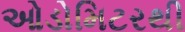
ઓડોમિટરથી